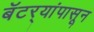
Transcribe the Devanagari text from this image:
बॅटर्‍यांपासून